Annual report on the working of the lock hospitals in the North-Western Provinces and Oudh
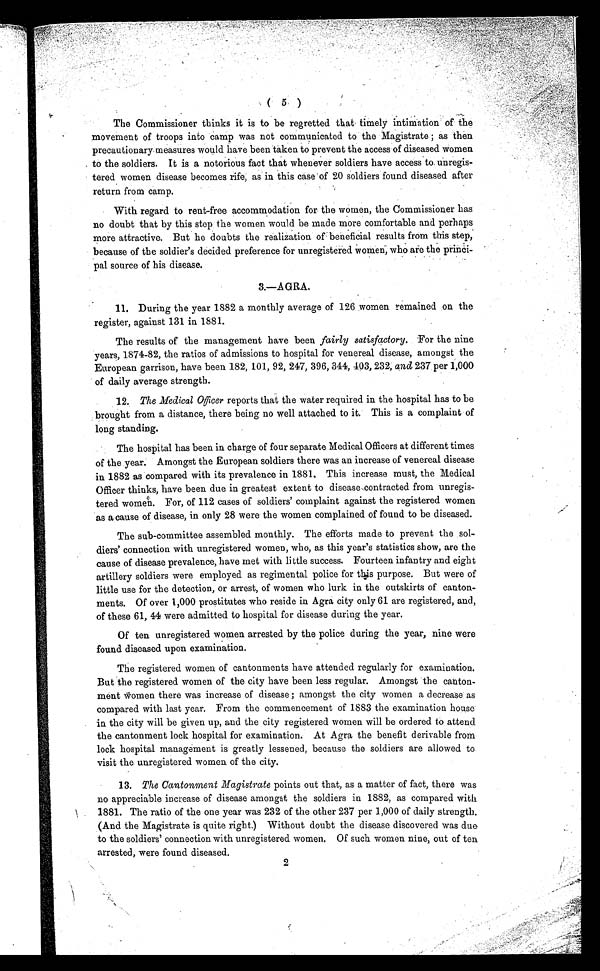
( 5 )
The Commissioner thinks it is to be regretted that timely intimation of the
movement of troops into camp was not communicated to the Magistrate; as then
precautionary measures would have been taken to prevent the access of diseased women
to the soldiers. It is a notorious fact that whenever soldiers have access to. unregis-
tered women disease becomes rife, as in this case of 20 soldiers found diseased after
return from camp.
With regard to rent-free accommodation for the women, the Commissioner has
no doubt that by this step the women would be made more comfortable and perhaps
more attractive. But he doubts the realization of : beneficial results from this step,
because of the soldier's decided preference for unregistered women, who are the princi-
pal source of his disease.
3.—A GRA.
11. During the year 1882 a monthly average of 126 women remained on the
register, against 131 in 1881.
The results of the management have been fairly satisfactory. For the nine
years, 1874-82, the ratios of admissions to hospital for venereal disease, amongst the
European garrison, have been 182, 101, 92, 247, 396, 344, 403, 232, and 237 per 1,000
of daily average strength.
12. The Medical Officerr e p o r t s t h a t t h e w a t e r r e q u i r e d i n t h e h o s p i t a l h a s t o b e
brought from a distance, there being no well attached to it. This is a complaint of
long standing.
The hospital has been in charge of four separate Medical Officers at different times
of the year. Amongst the European soldiers there was an increase of venereal disease
in 1882 as compared with its prevalence in 1881. This increase must, the Medical
Officer thinks, have been due in greatest extent to disease contracted from unregis-
tered women. For, of 112 cases of soldiers' complaint against the registered women
as a cause of disease, in only 28 were the women complained of found to be diseased.
The sub-committee assembled monthly. The efforts made to prevent the sol-
diers' connection with unregistered women, who, as this year's statistics show, are the
cause of disease prevalence, have met with little success. Fourteen infantry and eight
artillery soldiers were employed as regimental police for this purpose. But were of
little use for the detection, or arrest, of women who lurk in the outskirts of canton-
ments. Of over 1,000 prostitutes who reside in Agra city only 61 are registered, and,
of these 61, 44 were admitted to hospital for disease during the year.
Of ten unregistered women arrested by the police during the year, nine were
found diseased upon examination.
The registered women of cantonments have attended regularly for examination.
But the registered women of the city have been less regular. Amongst the canton-
ment Women there was increase of disease; amongst the city women a decrease as
compared with last year. From the commencement of 1883 the examination house
in the city will be given up, and the city registered women will be ordered to attend
the cantonment lock hospital for examination. At Agra the benefit derivable from
lock hospital management is greatly lessened, because the soldiers are allowed to.
visit the unregistered women of the city.
13. The Cantonment Magistrate points out that, as a matter of fact, there was
no appreciable increase of disease amongst the soldiers in 1882, as compared with
1881. The ratio of the one year was 232 of the other 237 per 1,000 of daily strength.
(And the Magistrate is quite right.) Without doubt the disease discovered was due
to the soldiers' connection with unregistered women. Of such women nine, out of ten
arrested, were found diseased.
2